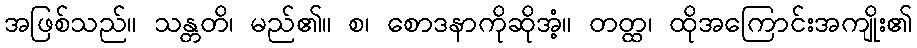
အဖြစ်သည်။ သန္တတိ၊ မည်၏။ စ၊ စောဒနာကိုဆိုအံ့။ တတ္ထ၊ ထိုအကြောင်းအကျိုး၏